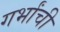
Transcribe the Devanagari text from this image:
गर्भांची